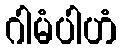
ဂါမံပါဟံ